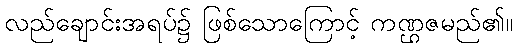
လည်ချောင်းအရပ်၌ ဖြစ်သောကြောင့် ကဏ္ဌဇမည်၏။